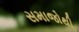
સમાજોથી